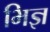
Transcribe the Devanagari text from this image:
भिज्ञ